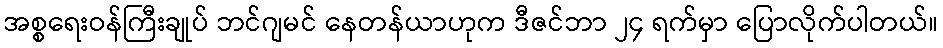
အစ္စရေးဝန်ကြီးချုပ် ဘင်ဂျမင် နေတန်ယာဟုက ဒီဇင်ဘာ ၂၄ ရက်မှာ ပြောလိုက်ပါတယ်။